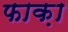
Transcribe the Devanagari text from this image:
फाक़ा